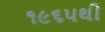
૧૯૬૫થી